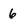
Character: 6